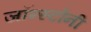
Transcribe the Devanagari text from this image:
जॉन्स्टोनी